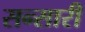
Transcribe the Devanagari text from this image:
सन्सारी